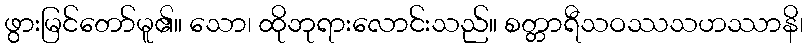
ဖွားမြင်တော်မူ၏။ သော၊ ထိုဘုရားလောင်းသည်။ စတ္တာရီသဝဿသဟဿာနိ၊